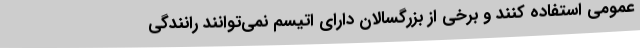
عمومی استفاده کنند و برخی از بزرگسالان دارای اتیسم نمی‌توانند رانندگی